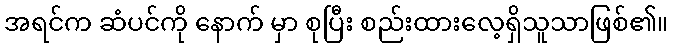
အရင်က ဆံပင်ကို နောက် မှာ စုပြီး စည်းထားလေ့ရှိသူသာဖြစ်၏။